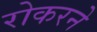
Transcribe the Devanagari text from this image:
रोकरने